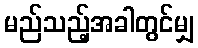
မည်သည့်အခါတွင်မျှ